Scottish Leaving Certificate Examination, 1956
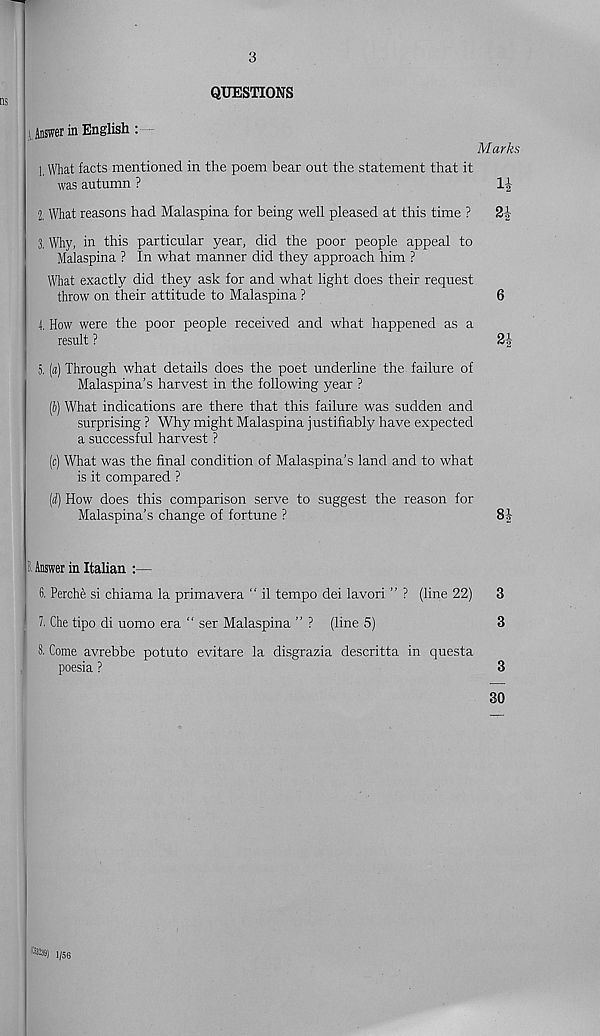
3
QUESTIONS
1 Answer in English :
Marks
1, What facts mentioned in the poem bear out the statement that it
was autumn ?
1J
2, What reasons had Malaspina for being well pleased at this time ?
3, Why, in this particular year, did the poor people appeal to
Malaspina ? In what manner did they approach him ?
What exactly did they ask for and what light does their request
throw on their attitude to Malaspina ?
6
4, How were the poor people received and what happened as a
result ?
2J
5, {a) Through what details does the poet underline the failure of
Malaspina’s harvest in the following year ?
[i) What indications are there that this failure was sudden and
surprising ? Why might Malaspina justifiably have expected
a successful harvest ?
(c) What was the final condition of Malaspina's land and to what
is it compared ?
(d) How does this comparison serve to suggest the reason for
Malaspina's change of fortune ?
8-J
l Answer in Italian :—
6, Perche si chiama la primavera “ il tempo dei lavori ” ? (line 22)
7, Che tipo di uomo era “ ser Malaspina ” ? (line 5)
8, Come avrebbe potuto evitare la disgrazia descritta in questa
poesia ?
3
3
3
30
tess) 1/56